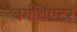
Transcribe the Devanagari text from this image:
बर्गथिएटर